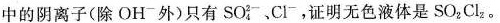
中的阴离子(除OH^{-}外)只有SO^{2-} _{4}、Cl^{-}，证明无色液体是SO_{2}Cl_{2}。